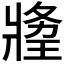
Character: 𤖍